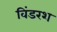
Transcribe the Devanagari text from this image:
विंडरश